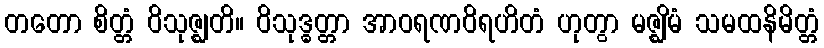
တတော စိတ္တံ ဝိသုဇ္ဈတိ။ ဝိသုဒ္ဓတ္တာ အာဝရဏဝိရဟိတံ ဟုတွာ မဇ္ဈိမံ သမထနိမိတ္တံ